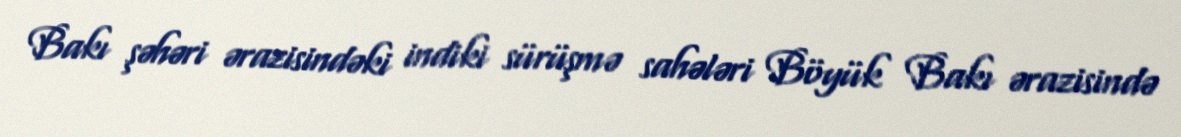
Bakı şəhəri ərazisindəki indiki sürüşmə sahələri Böyük Bakı ərazisində